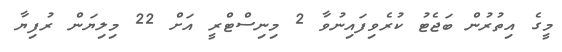
މީގެ އިތުރުން ބަޖެޓު ކުރެވިފައިނުވާ 2 މިނިސްޓްރީ އަށް 22 މިލިޔަން ރުފިޔާ